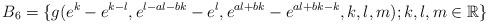
LaTeX: \begin{align*} B_6 =\{g(e^{k}-e^{k-l},e^{l-al-bk}-e^{l},e^{al+bk}-e^{al+bk-k},k,l,m); k,l,m \in \mathbb R\} \end{align*}